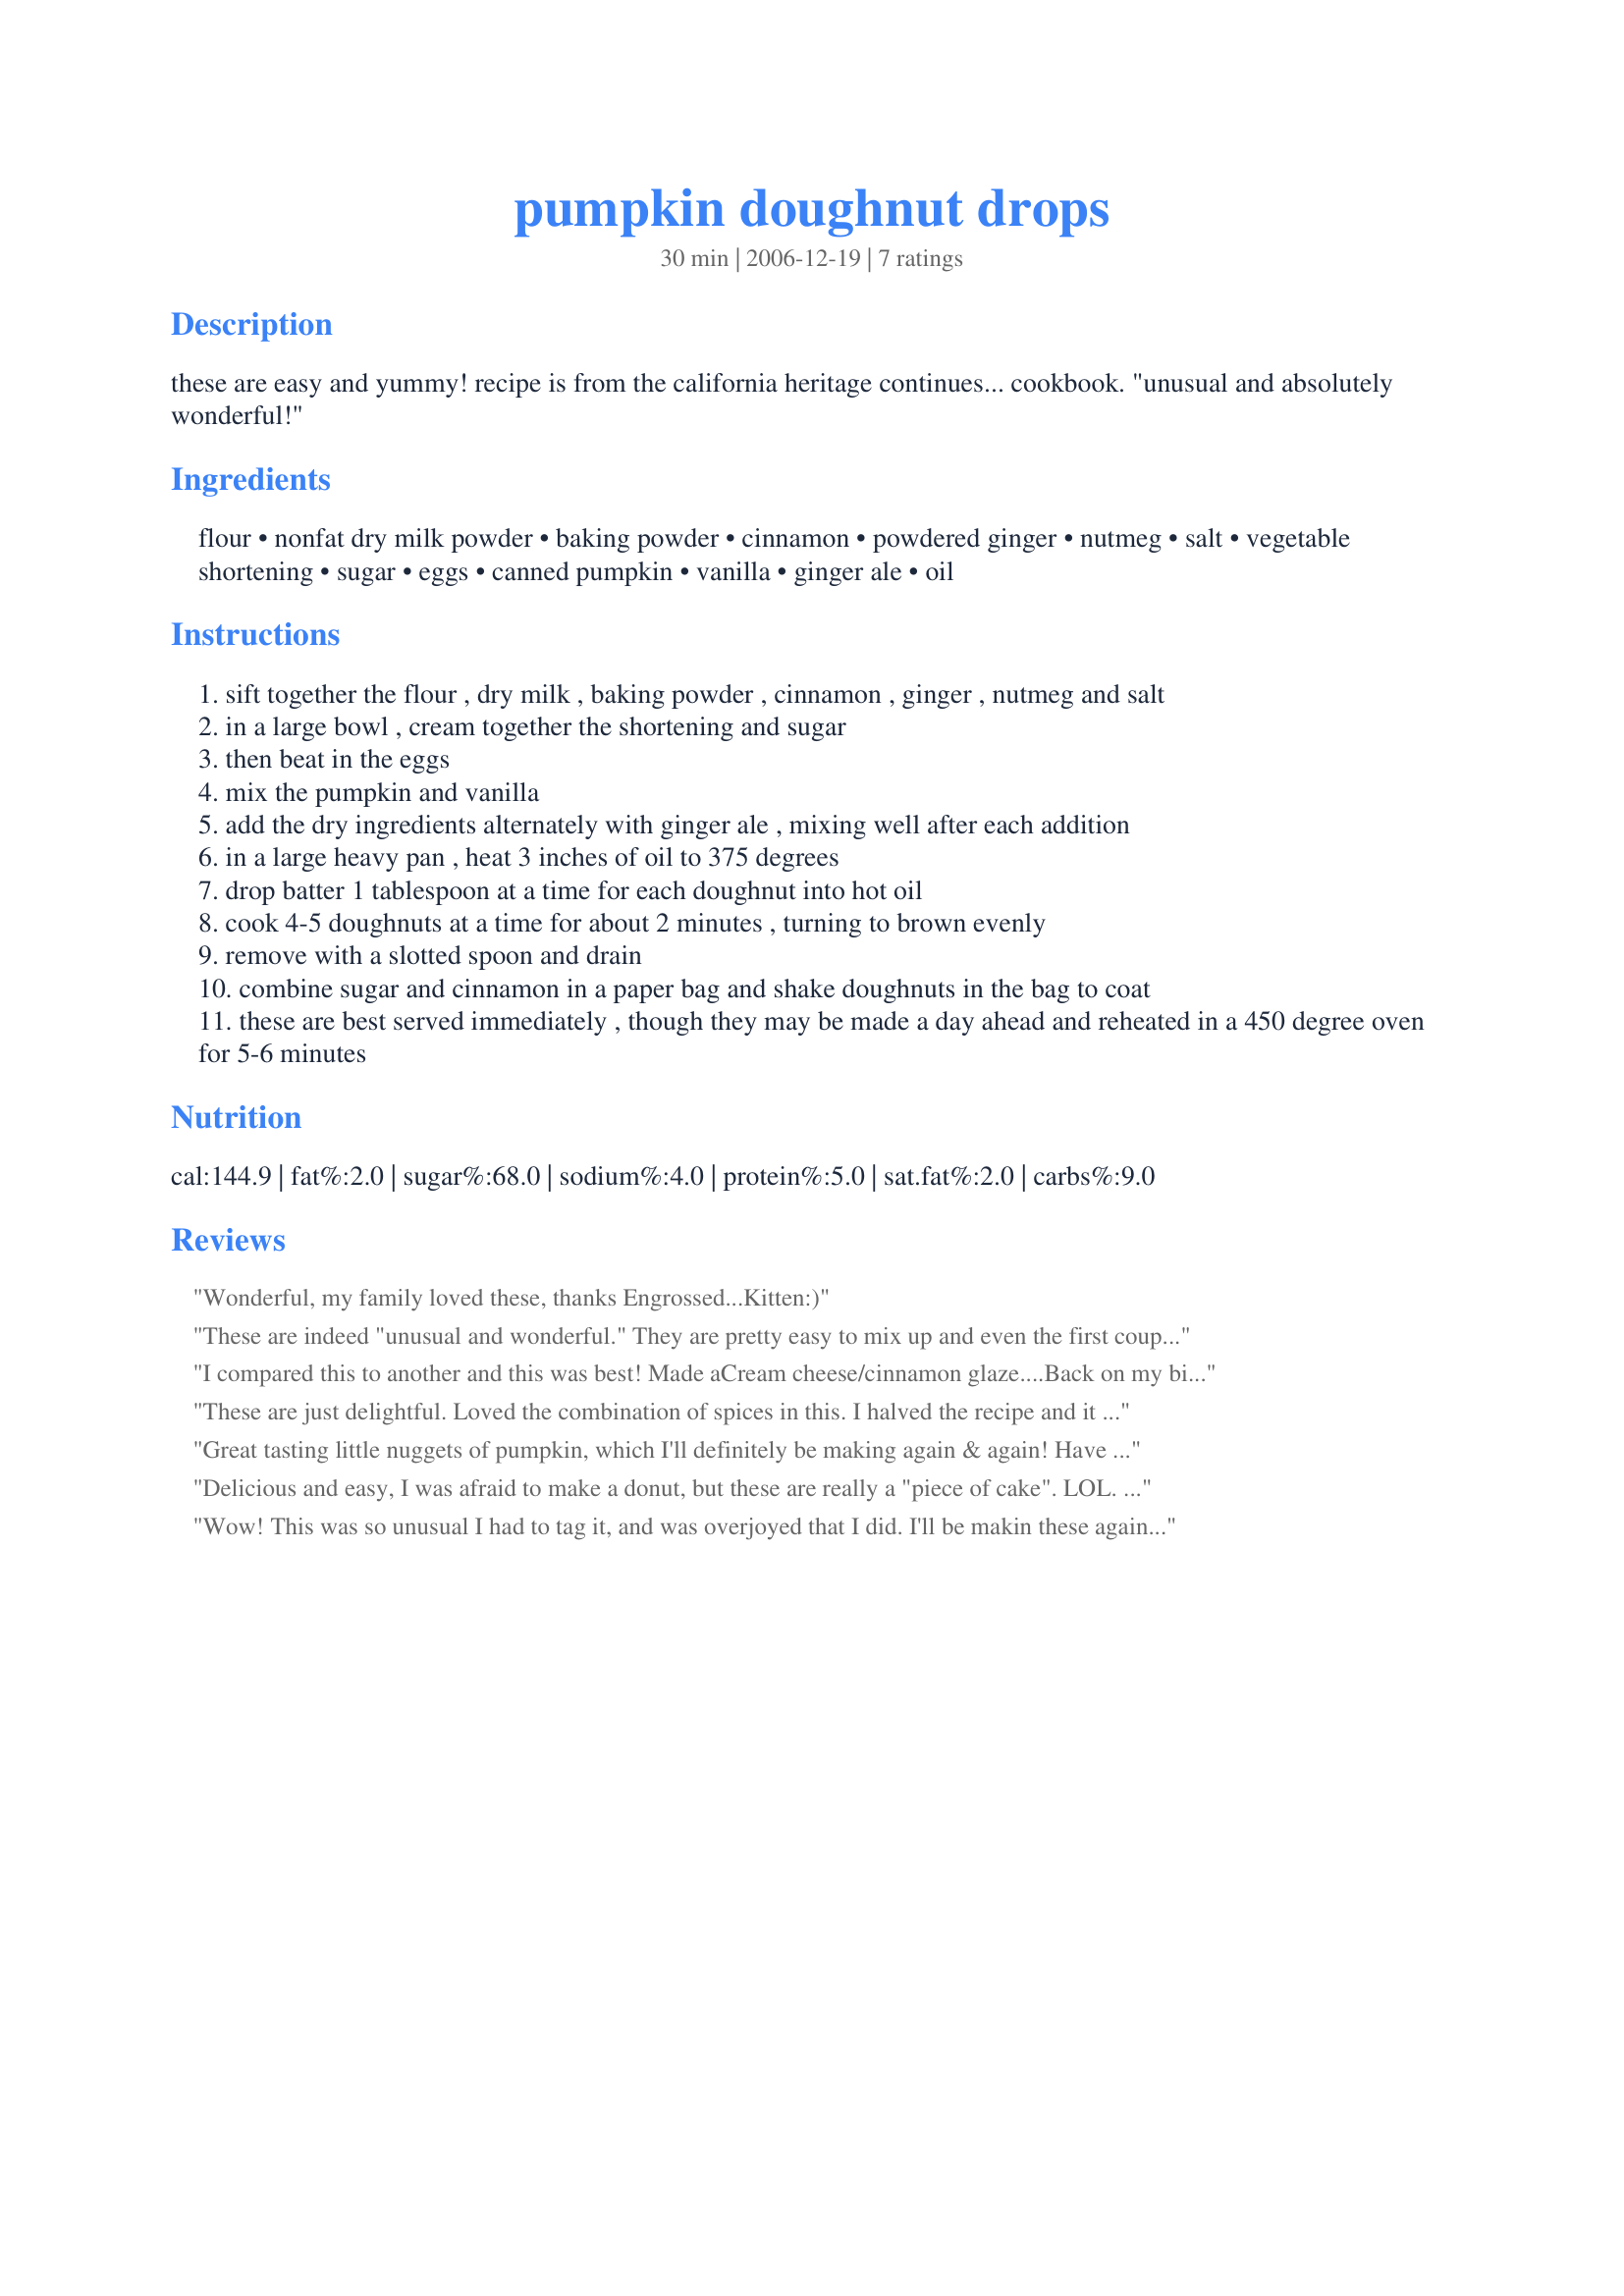
pumpkin doughnut drops
Preparation time: 30 minutes

these are easy and yummy! recipe is from the california heritage continues... cookbook. "unusual and absolutely wonderful!"

Ingredients:
flour, nonfat dry milk powder, baking powder, cinnamon, powdered ginger, nutmeg, salt, vegetable shortening, sugar, eggs, canned pumpkin, vanilla, ginger ale, oil

Steps:
sift together the flour , dry milk , baking powder , cinnamon , ginger , nutmeg and salt
in a large bowl , cream together the shortening and sugar
then beat in the eggs
mix the pumpkin and vanilla
add the dry ingredients alternately with ginger ale , mixing well after each addition
in a large heavy pan , heat 3 inches of oil to 375 degrees
drop batter 1 tablespoon at a time for each doughnut into hot oil
cook 4-5 doughnuts at a time for about 2 minutes , turning to brown evenly
remove with a slotted spoon and drain
combine sugar and cinnamon in a paper bag and shake doughnuts in the bag to coat
these are best served immediately , though they may be made a day ahead and reheated in a 450 degree oven for 5-6 minutes

Reviews:
Wonderful, my family loved these, thanks Engrossed...Kitten:)
These are indeed "unusual and wonderful." They are pretty easy to mix up and even the first couple that got too brown were very good. I love the cinnamon and sugar coating. I might even make them spicier next time - maybe add something like applesauce to the mix. Thanks for sharing these easy-to-make doughnuts.
I compared this to another and this was best! Made a<br/>Cream cheese/cinnamon glaze....<br/>Back on my bike now.
These are just delightful. Loved the combination of spices in this. I halved the recipe and it still made over 2 dozen. The outside was nice and crispy and the center was very moist. Thanks for sharing.
Great tasting little nuggets of pumpkin, which I'll definitely be making again & again! Have added them to my finger foods cookbook, so that I don't forget to include them on an appetizers buffet for the next group I host! OUTSTANDING!
Delicious and easy, I was afraid to make a donut, but these are really a "piece of cake". LOL. I did add a little more spice, just my preference, but they are terrific just as they are!! Another winner, Engrossed! **Made for October Beverage Tag 2007**
Wow! This was so unusual I had to tag it, and was overjoyed that I did. I'll be makin these again real soon!
Thanks Engrossed.
-Bird-
